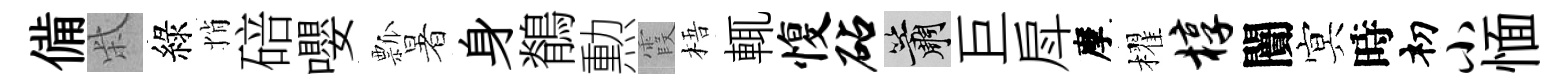
備柴綠悄碚嚶瓢暑身鶺勲霞梧輒愎砧簫巨戽摩櫂椁闠㝠時𥘉小愐